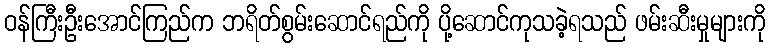
ဝန်ကြီးဦးအောင်ကြည်က ဘရိတ်စွမ်းဆောင်ရည်ကို ပို့ဆောင်ကုသခဲ့ရသည် ဖမ်းဆီးမှုများကို